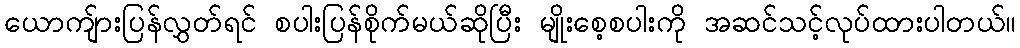
ယောကျ်ားပြန်လွှတ်ရင် စပါးပြန်စိုက်မယ်ဆိုပြီး မျိုးစေ့စပါးကို အဆင်သင့်လုပ်ထားပါတယ်။